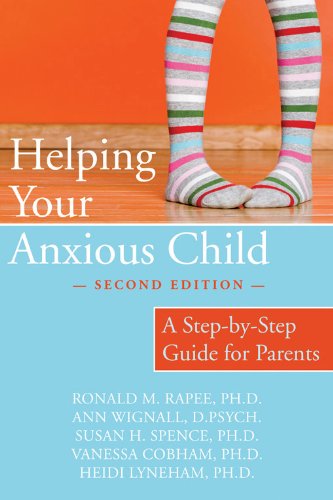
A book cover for Helping Your Anxious Child: A Step-by-Step Guide for Parents; Ronald Rapee PhD; Parenting & Relationships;